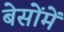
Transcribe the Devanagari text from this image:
बेसोंमें